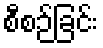
စီစဉ်ခြင်း